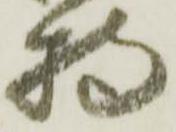
持